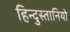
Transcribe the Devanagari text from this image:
हिन्दुस्तानियो